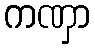
ကဏှာ